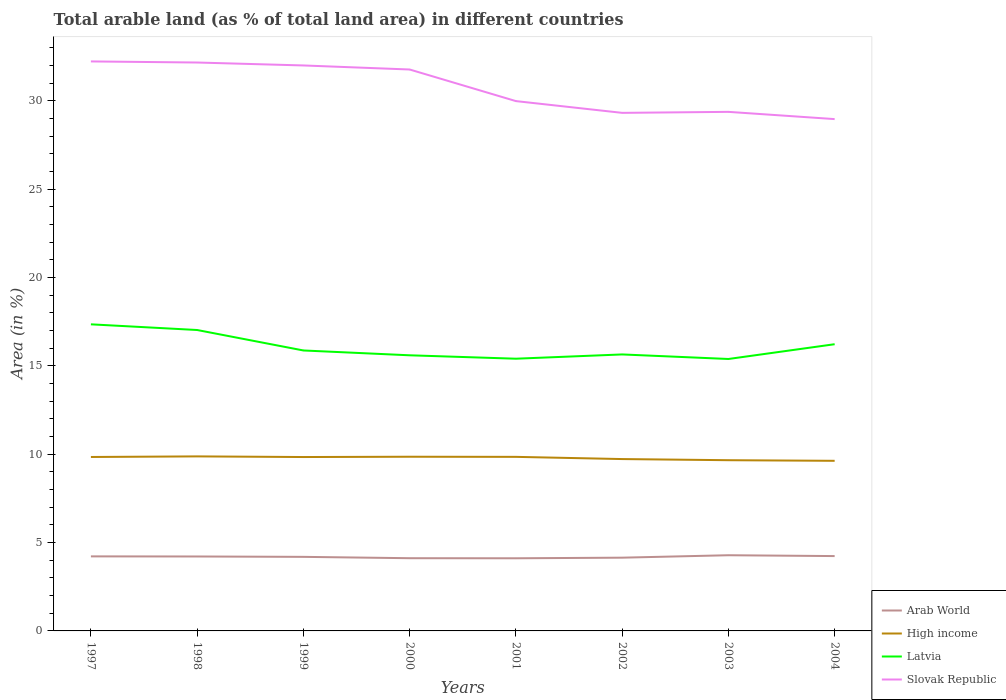
| Years | Arab World | High income | Latvia | Slovak Republic |
 | --- | --- | --- | --- | --- |
 | 1997 | 4.22 | 9.84 | 17.3 | 32.2 |
 | 1998 | 4.21 | 9.88 | 17 | 32.2 |
 | 1999 | 4.19 | 9.84 | 15.9 | 32 |
 | 2000 | 4.11 | 9.86 | 15.6 | 31.8 |
 | 2001 | 4.11 | 9.85 | 15.4 | 30 |
 | 2002 | 4.15 | 9.72 | 15.6 | 29.3 |
 | 2003 | 4.28 | 9.66 | 15.4 | 29.4 |
 | 2004 | 4.23 | 9.63 | 16.2 | 29 |